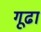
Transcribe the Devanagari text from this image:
गूढा